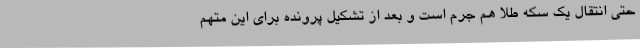
حتی انتقال یک سکه طلا هم جرم است و بعد از تشکیل پرونده برای این متهم